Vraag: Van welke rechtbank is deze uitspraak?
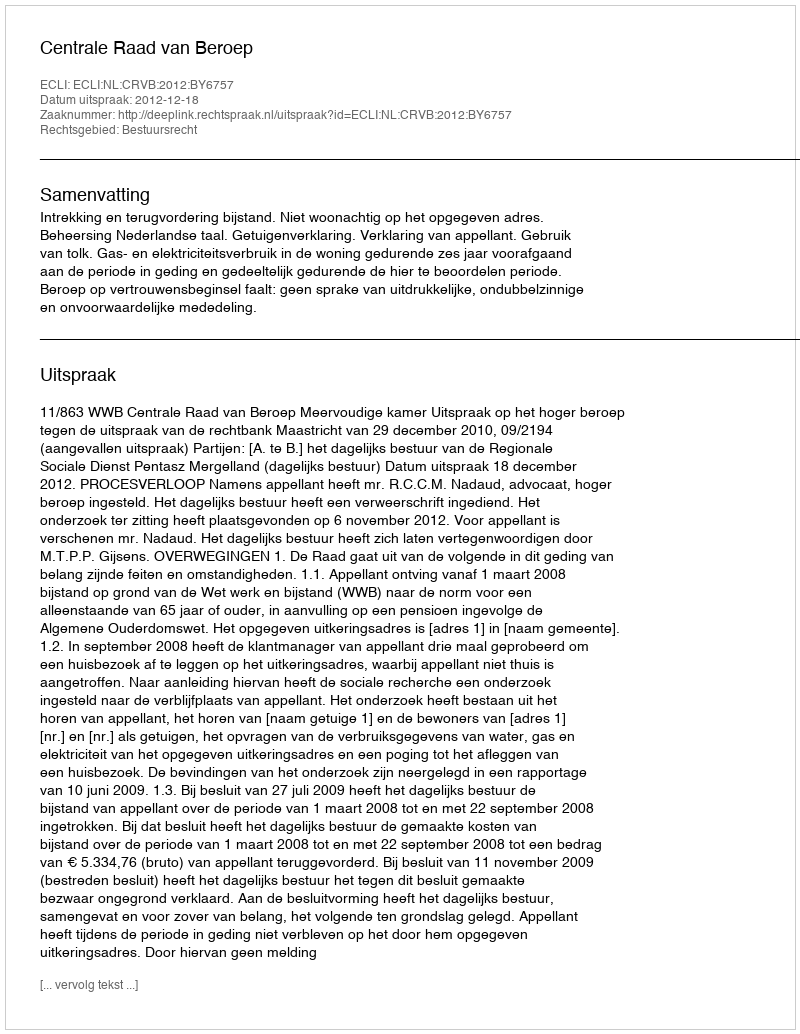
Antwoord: Centrale Raad van Beroep